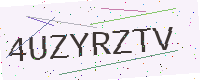
Text: 4UZYRZTV